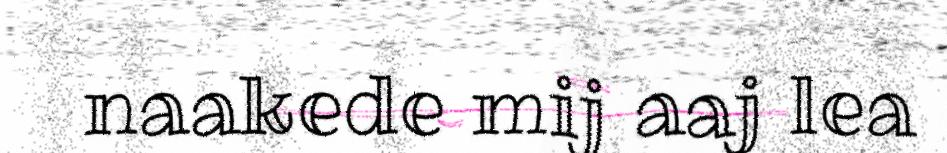
naakede mij aaj lea